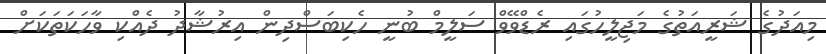
މިއަދުގެ ޝަރީއަތުގެ މަޖިލީހުގައި ރެޑްވޭވް ސަލީމް ބުނީ ހެކިބަސްދިން އިރުޝާދު ދެއްކި ވާހަކަތަކަށް